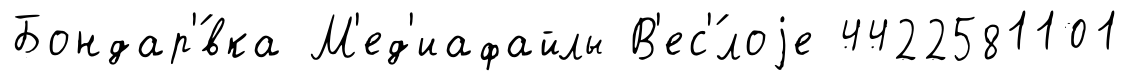
Бондар'́вка М'ед'иафайлы В'ес'́лоjе 4422581101